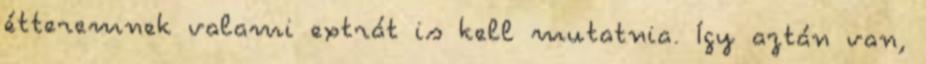
étteremnek valami extrát is kell mu­tatnia. Így aztán van,